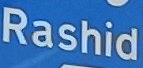
Rashid